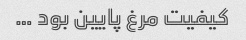
کیفیت مرغ پایین بود …